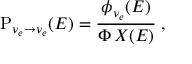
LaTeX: \mathrm { P } _ { \nu _ { e } \to \nu _ { e } } ( E ) = { \frac { \displaystyle \phi _ { \nu _ { e } } ( E ) } { \displaystyle \Phi \, X ( E ) } } \; ,